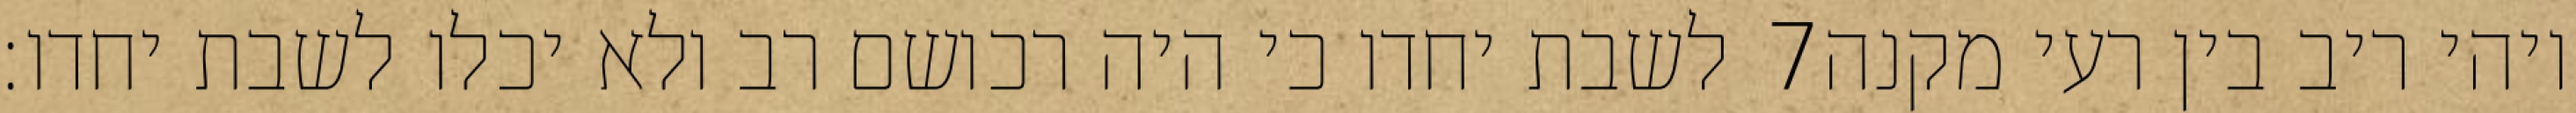
לשבת יחדו כי היה רכושם רב ולא יכלו לשבת יחדו׃ ‎7‏ ויהי ריב בין רעי מקנה